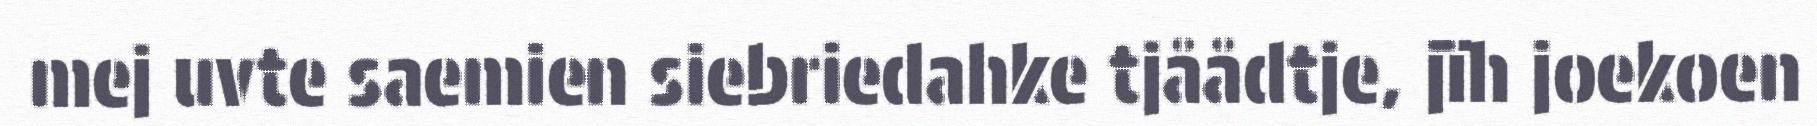
mej uvte saemien siebriedahke tjåådtje, jïh joekoen